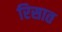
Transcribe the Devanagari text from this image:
रिसात